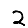
Digit: 2